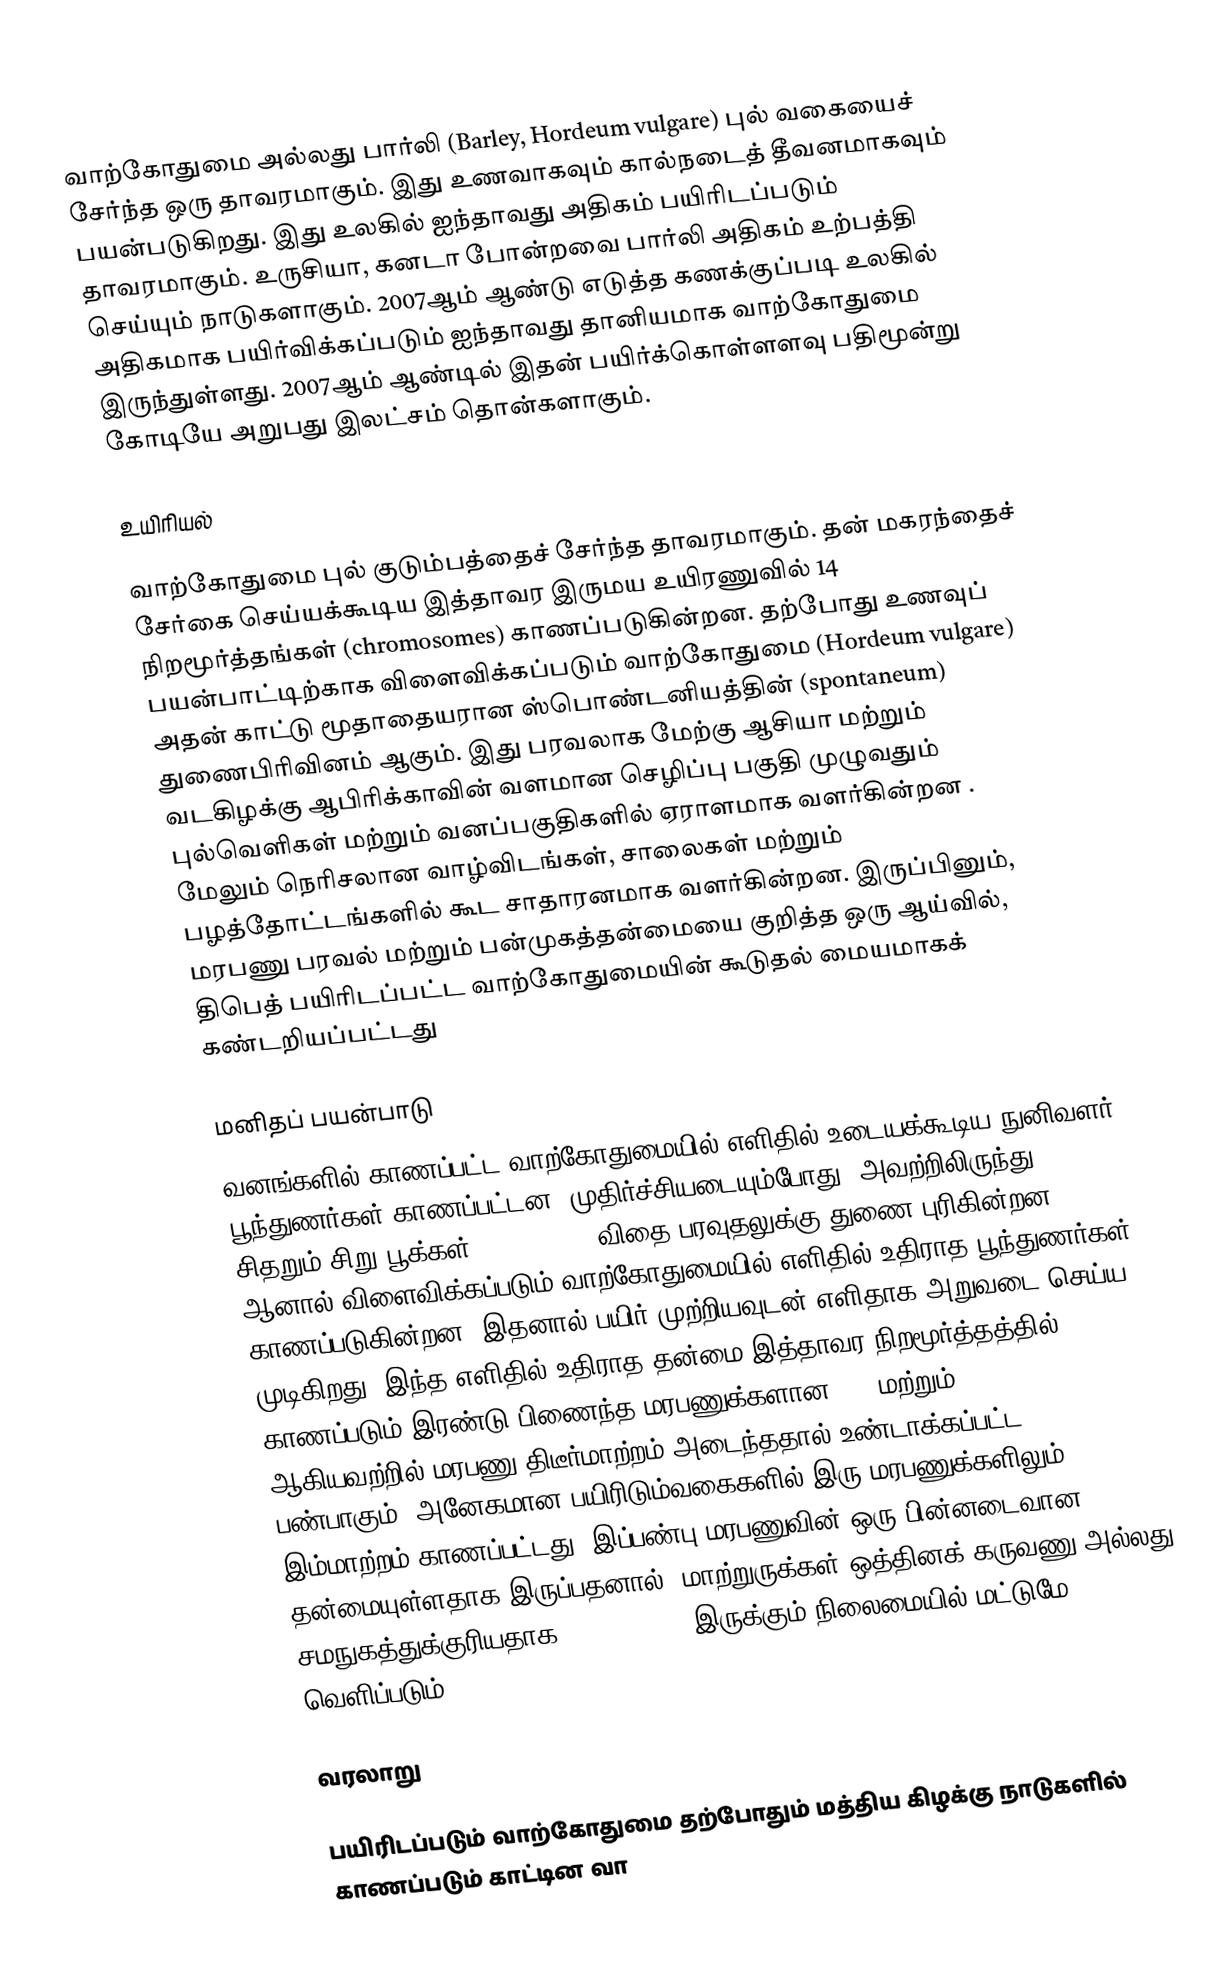
வாற்கோதுமை அல்லது பார்லி (Barley, Hordeum vulgare) புல் வகையைச் சேர்ந்த ஒரு தாவரமாகும். இது உணவாகவும் கால்நடைத் தீவனமாகவும் பயன்படுகிறது. இது உலகில் ஐந்தாவது அதிகம் பயிரிடப்படும் தாவரமாகும். உருசியா, கனடா போன்றவை பார்லி அதிகம் உற்பத்தி செய்யும் நாடுகளாகும். 2007ஆம் ஆண்டு எடுத்த கணக்குப்படி உலகில் அதிகமாக பயிர்விக்கப்படும் ஐந்தாவது தானியமாக வாற்கோதுமை இருந்துள்ளது. 2007ஆம் ஆண்டில் இதன் பயிர்க்கொள்ளளவு பதிமூன்று கோடியே அறுபது இலட்சம் தொன்களாகும்.

உயிரியல்

வாற்கோதுமை புல் குடும்பத்தைச் சேர்ந்த தாவரமாகும். தன் மகரந்தைச் சேர்கை செய்யக்கூடிய இத்தாவர இருமய உயிரணுவில் 14 நிறமூர்த்தங்கள் (chromosomes) காணப்படுகின்றன. தற்போது உணவுப் பயன்பாட்டிற்காக விளைவிக்கப்படும் வாற்கோதுமை (Hordeum vulgare) அதன் காட்டு மூதாதையரான  ஸ்பொண்டனியத்தின் (spontaneum) துணைபிரிவினம் ஆகும். இது பரவலாக மேற்கு ஆசியா மற்றும் வடகிழக்கு ஆபிரிக்காவின் வளமான செழிப்பு பகுதி முழுவதும் புல்வெளிகள் மற்றும் வனப்பகுதிகளில் ஏராளமாக வளர்கின்றன . மேலும் நெரிசலான வாழ்விடங்கள், சாலைகள் மற்றும் பழத்தோட்டங்களில் கூட சாதாரனமாக வளர்கின்றன. இருப்பினும், மரபணு  பரவல் மற்றும் பன்முகத்தன்மையை குறித்த ஒரு ஆய்வில், திபெத்   பயிரிடப்பட்ட வாற்கோதுமையின் கூடுதல் மையமாகக் கண்டறியப்பட்டது

மனிதப் பயன்பாடு
வனங்களில் காணப்பட்ட வாற்கோதுமையில் எளிதில் உடையக்கூடிய நுனிவளர் பூந்துணர்கள் காணப்பட்டன. முதிர்ச்சியடையும்போது, அவற்றிலிருந்து சிதறும் சிறு பூக்கள் (spikelets) விதை பரவுதலுக்கு துணை புரிகின்றன. ஆனால் விளைவிக்கப்படும் வாற்கோதுமையில் எளிதில் உதிராத பூந்துணர்கள் காணப்படுகின்றன. இதனால் பயிர் முற்றியவுடன் எளிதாக அறுவடை செய்ய முடிகிறது. இந்த எளிதில் உதிராத தன்மை இத்தாவர நிறமூர்த்தத்தில் காணப்படும் இரண்டு பிணைந்த மரபணுக்களான Bt1 மற்றும் Bt2 ஆகியவற்றில் மரபணு திடீர்மாற்றம் அடைந்ததால் உண்டாக்கப்பட்ட பண்பாகும். அனேகமான பயிரிடும்வகைகளில் இரு மரபணுக்களிலும் இம்மாற்றம் காணப்பட்டது. இப்பண்பு மரபணுவின் ஒரு பின்னடைவான தன்மையுள்ளதாக இருப்பதனால், மாற்றுருக்கள் ஒத்தினக் கருவணு அல்லது சமநுகத்துக்குரியதாக (homozygous) இருக்கும் நிலைமையில் மட்டுமே வெளிப்படும்.

வரலாறு

பயிரிடப்படும் வாற்கோதுமை தற்போதும் மத்திய கிழக்கு நாடுகளில் காணப்படும் காட்டின வா